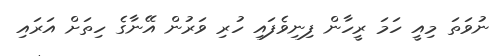
ނުވަތަ މިއީ ހަމަ ރީހާން ފިނިވެފައި ހުރި ވަރުން އޭނާގެ ހިތަށް އަރައި